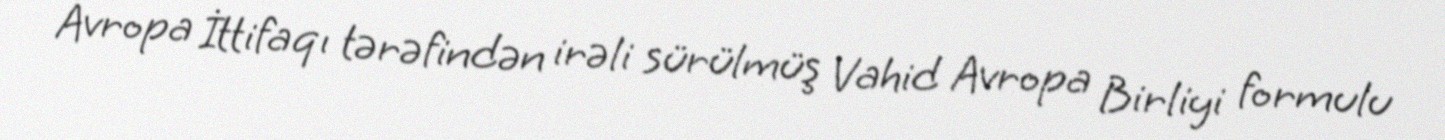
Avropa İttifaqı tərəfindən irəli sürülmüş Vahid Avropa Birliyi formulu